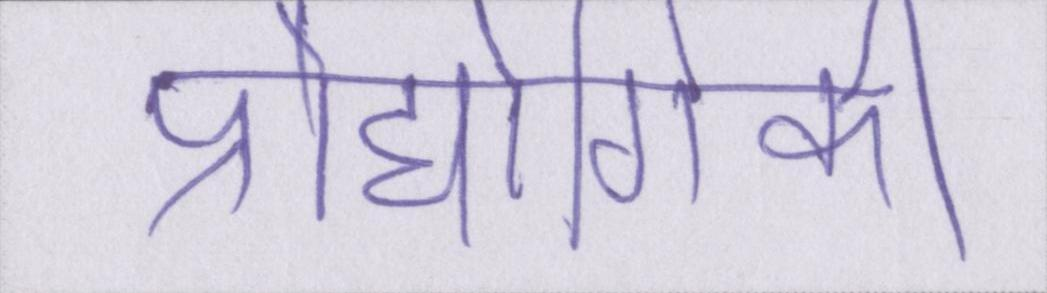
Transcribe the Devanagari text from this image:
प्रौद्योगिकी